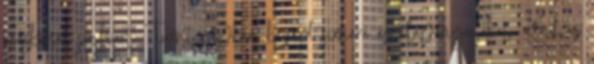
teáskanál joghurt Turmixgépben keverd simára az alapanyagokat. Kend az